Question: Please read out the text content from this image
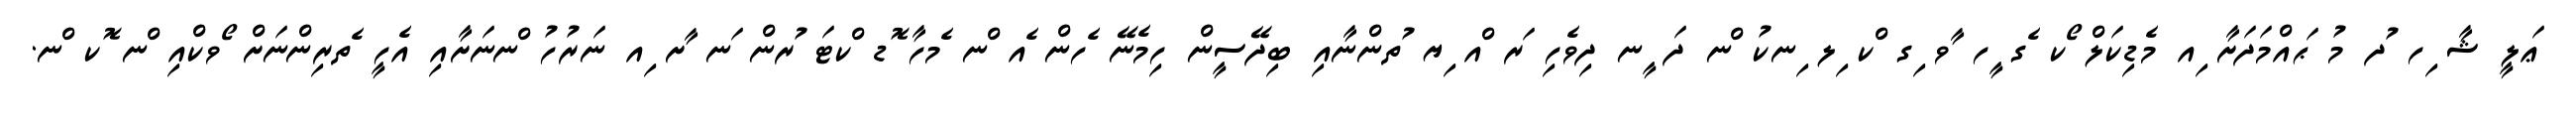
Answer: ޢަލީ ޝާ ިހ ުދ މު ަޙއްމަދަށާ ިއ މެޑިކަލް ޯކ ެގ ީހ ާވ ިގ ްކ ިލ ިނކު ްނ ދަ ީނ ދިވެހި ަރ ްއ ިޔ ުތންނާއި ބިދޭސީން ހިމެނޭ ެހން ެއ ްނ ެމހާ ޮޑ ްކޓަ ުރން ަނ ާށ ިއ ނަރުހު ްނނަށާއި އެހީ ެތރިންނަށް ޯވކްއި ްނ ޮކ ްނ.